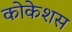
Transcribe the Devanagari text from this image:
कोकेशस